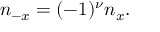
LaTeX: n _ { - x } = ( - 1 ) ^ { \nu } n _ { x } .